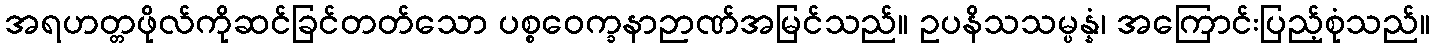
အရဟတ္တဖိုလ်ကိုဆင်ခြင်တတ်သော ပစ္စဝေက္ခနာဉာဏ်အမြင်သည်။ ဥပနိသသမ္ပန္နံ၊ အကြောင်းပြည့်စုံသည်။